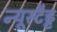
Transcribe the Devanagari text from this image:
न्यूस्टैड्ट